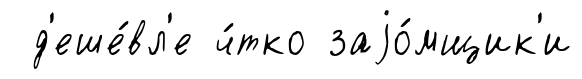
д'еше́вл'е ч́тко заjо́мщик'и